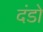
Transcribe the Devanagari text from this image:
दंडो